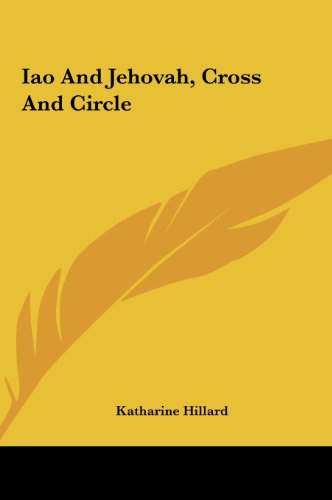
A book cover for Iao And Jehovah, Cross And Circle; Katharine Hillard; Computers & Technology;